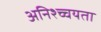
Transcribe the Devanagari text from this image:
अनिश्च्चयता